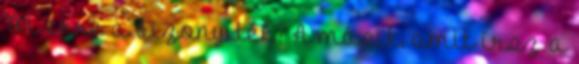
Mi erre a bizonyíték? A másik, amit írsz a